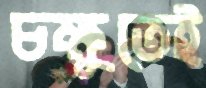
চক্ষুতেই